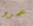
عمرو